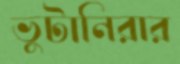
ভুটানিরার